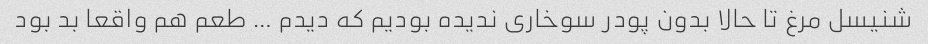
شنیسل مرغ تا حالا بدون پودر سوخاری ندیده بودیم که دیدم … طعم هم واقعا بد بود